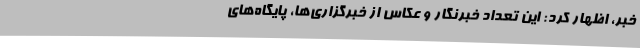
خبر، اظهار کرد: این تعداد خبرنگار و عکاس از خبرگزاری‌ها، پایگاه‌های